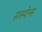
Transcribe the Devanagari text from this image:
सस्पेन्स